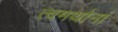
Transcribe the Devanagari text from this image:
त्वमर्थानां